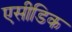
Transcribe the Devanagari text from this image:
एसीडिक